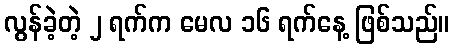
လွန်ခဲ့တဲ့ ၂ ရက်က မေလ ၁၆ ရက်နေ့ ဖြစ်သည်။